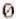
0